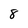
Character: 8